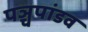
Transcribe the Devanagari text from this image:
पञ्चपांडव